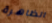
الظاهرة